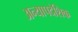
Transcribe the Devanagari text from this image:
अन्यापदेशिक